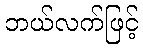
ဘယ်လက်ဖြင့်